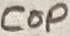
Text: Cop